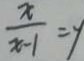
\frac { x } { x - 1 } = y